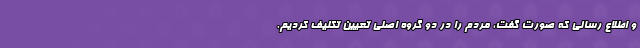
و اطلاع رسانی که صورت گفت، مردم را در دو گروه اصلی تعیین تکلیف کردیم.